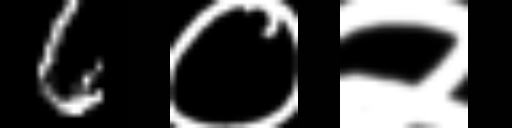
Text: 6०२